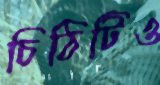
চিঠিটিও